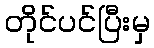
တိုင်ပင်ပြီးမှ